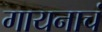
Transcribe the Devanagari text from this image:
गायनाचं